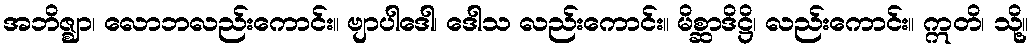
အဘိဇ္ဈာ၊ လောဘလည်းကောင်း။ ဗျာပါဒေါ၊ ဒေါသ လည်းကောင်း။ မိစ္ဆာဒိဋ္ဌိ၊ လည်းကောင်း။ ဣတိ၊ သို့။